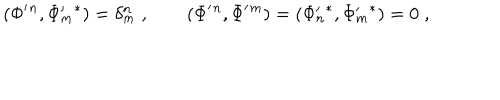
( \Phi ^ { \prime } { } ^ { n } , \Phi _ { m } ^ { \prime } { } ^ { * } ) = \delta _ { m } ^ { n } \; , \qquad ( \Phi ^ { \prime } { } ^ { n } , \Phi ^ { \prime } { } ^ { m } ) = ( \Phi _ { n } ^ { \prime } { } ^ { * } , \Phi _ { m } ^ { \prime } { } ^ { * } ) = 0 \; ,